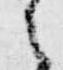
之